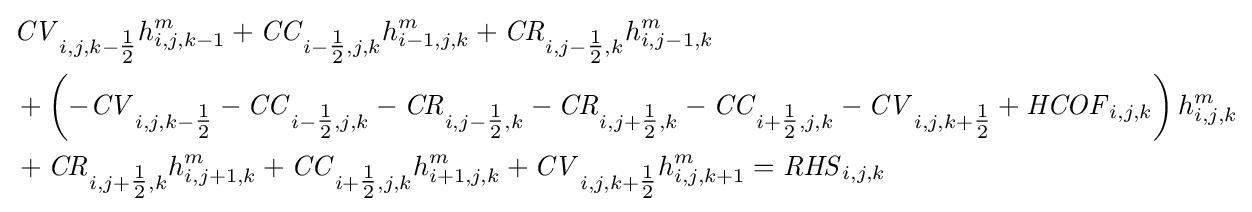
{\begin{aligned}&{\mathit {CV}}_{i,j,k-{\tfrac {1}{2}}}h_{i,j,k-1}^{m}+{\mathit {CC}}_{i-{\tfrac {1}{2}},j,k}h_{i-1,j,k}^{m}+{\mathit {CR}}_{i,j-{\tfrac {1}{2}},k}h_{i,j-1,k}^{m}\\&+\left(-{\mathit {CV}}_{i,j,k-{\tfrac {1}{2}}}-{\mathit {CC}}_{i-{\tfrac {1}{2}},j,k}-{\mathit {CR}}_{i,j-{\tfrac {1}{2}},k}-{\mathit {CR}}_{i,j+{\tfrac {1}{2}},k}-{\mathit {CC}}_{i+{\tfrac {1}{2}},j,k}-{\mathit {CV}}_{i,j,k+{\tfrac {1}{2}}}+{\mathit {HCOF}}_{i,j,k}\right)h_{i,j,k}^{m}\\&+{\mathit {CR}}_{i,j+{\tfrac {1}{2}},k}h_{i,j+1,k}^{m}+{\mathit {CC}}_{i+{\tfrac {1}{2}},j,k}h_{i+1,j,k}^{m}+{\mathit {CV}}_{i,j,k+{\tfrac {1}{2}}}h_{i,j,k+1}^{m}={\mathit {RHS}}_{i,j,k}\end{aligned}}